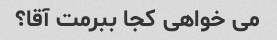
می خواهی کجا ببرمت آقا؟